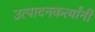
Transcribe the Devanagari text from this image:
उत्पादनकर्त्यांनी